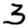
Digit: 3